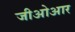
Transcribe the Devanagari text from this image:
जीओआर